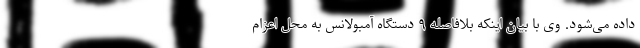
داده می‌شود. وی با بیان اینکه بلافاصله ۹ دستگاه آمبولانس به محل اعزام